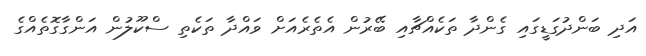
އަދި ބަންދުގަޑީގައި ގެންދާ ތަކެއްޗާއި ބޭރުން އެތެރެއަށް ވައްދާ ތަކެތި ސްކޫލުން އަންގާގޮތެއްގެ